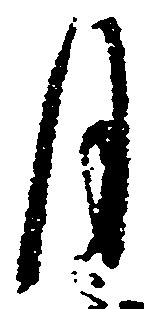
月